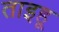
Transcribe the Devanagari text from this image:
ताइहू